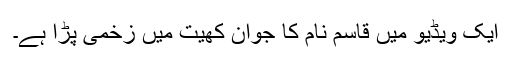
ایک ویڈیو میں قاسم نام کا جوان کھیت میں زخمی پڑا ہے۔